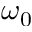
\omega _ { 0 }